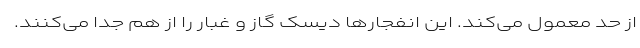
از حد معمول می‌کند. این انفجارها دیسک گاز و غبار را از هم جدا می‌کنند.